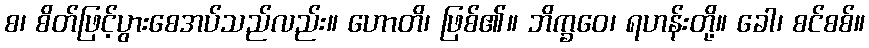
စ၊ စိတ်ဖြင့်ပွားစေအပ်သည်လည်း။ ဟောတိ၊ ဖြစ်၏။ ဘိက္ခဝေ၊ ရဟန်းတို့။ ခေါ၊ စင်စစ်။